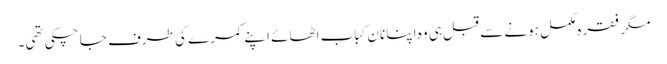
مگر فقرہ مکمل ہونے سے قبل ہی وہ اپنا نان کباب اٹھائے اپنے کمرے کی طرف جا چکی تھی۔